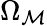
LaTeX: \Omega_{\mathcal{M}}